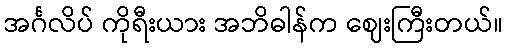
အင်္ဂလိပ် ကိုရီးယား အဘိဓါန်က ဈေးကြီးတယ်။